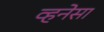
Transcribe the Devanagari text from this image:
व्हनेसा